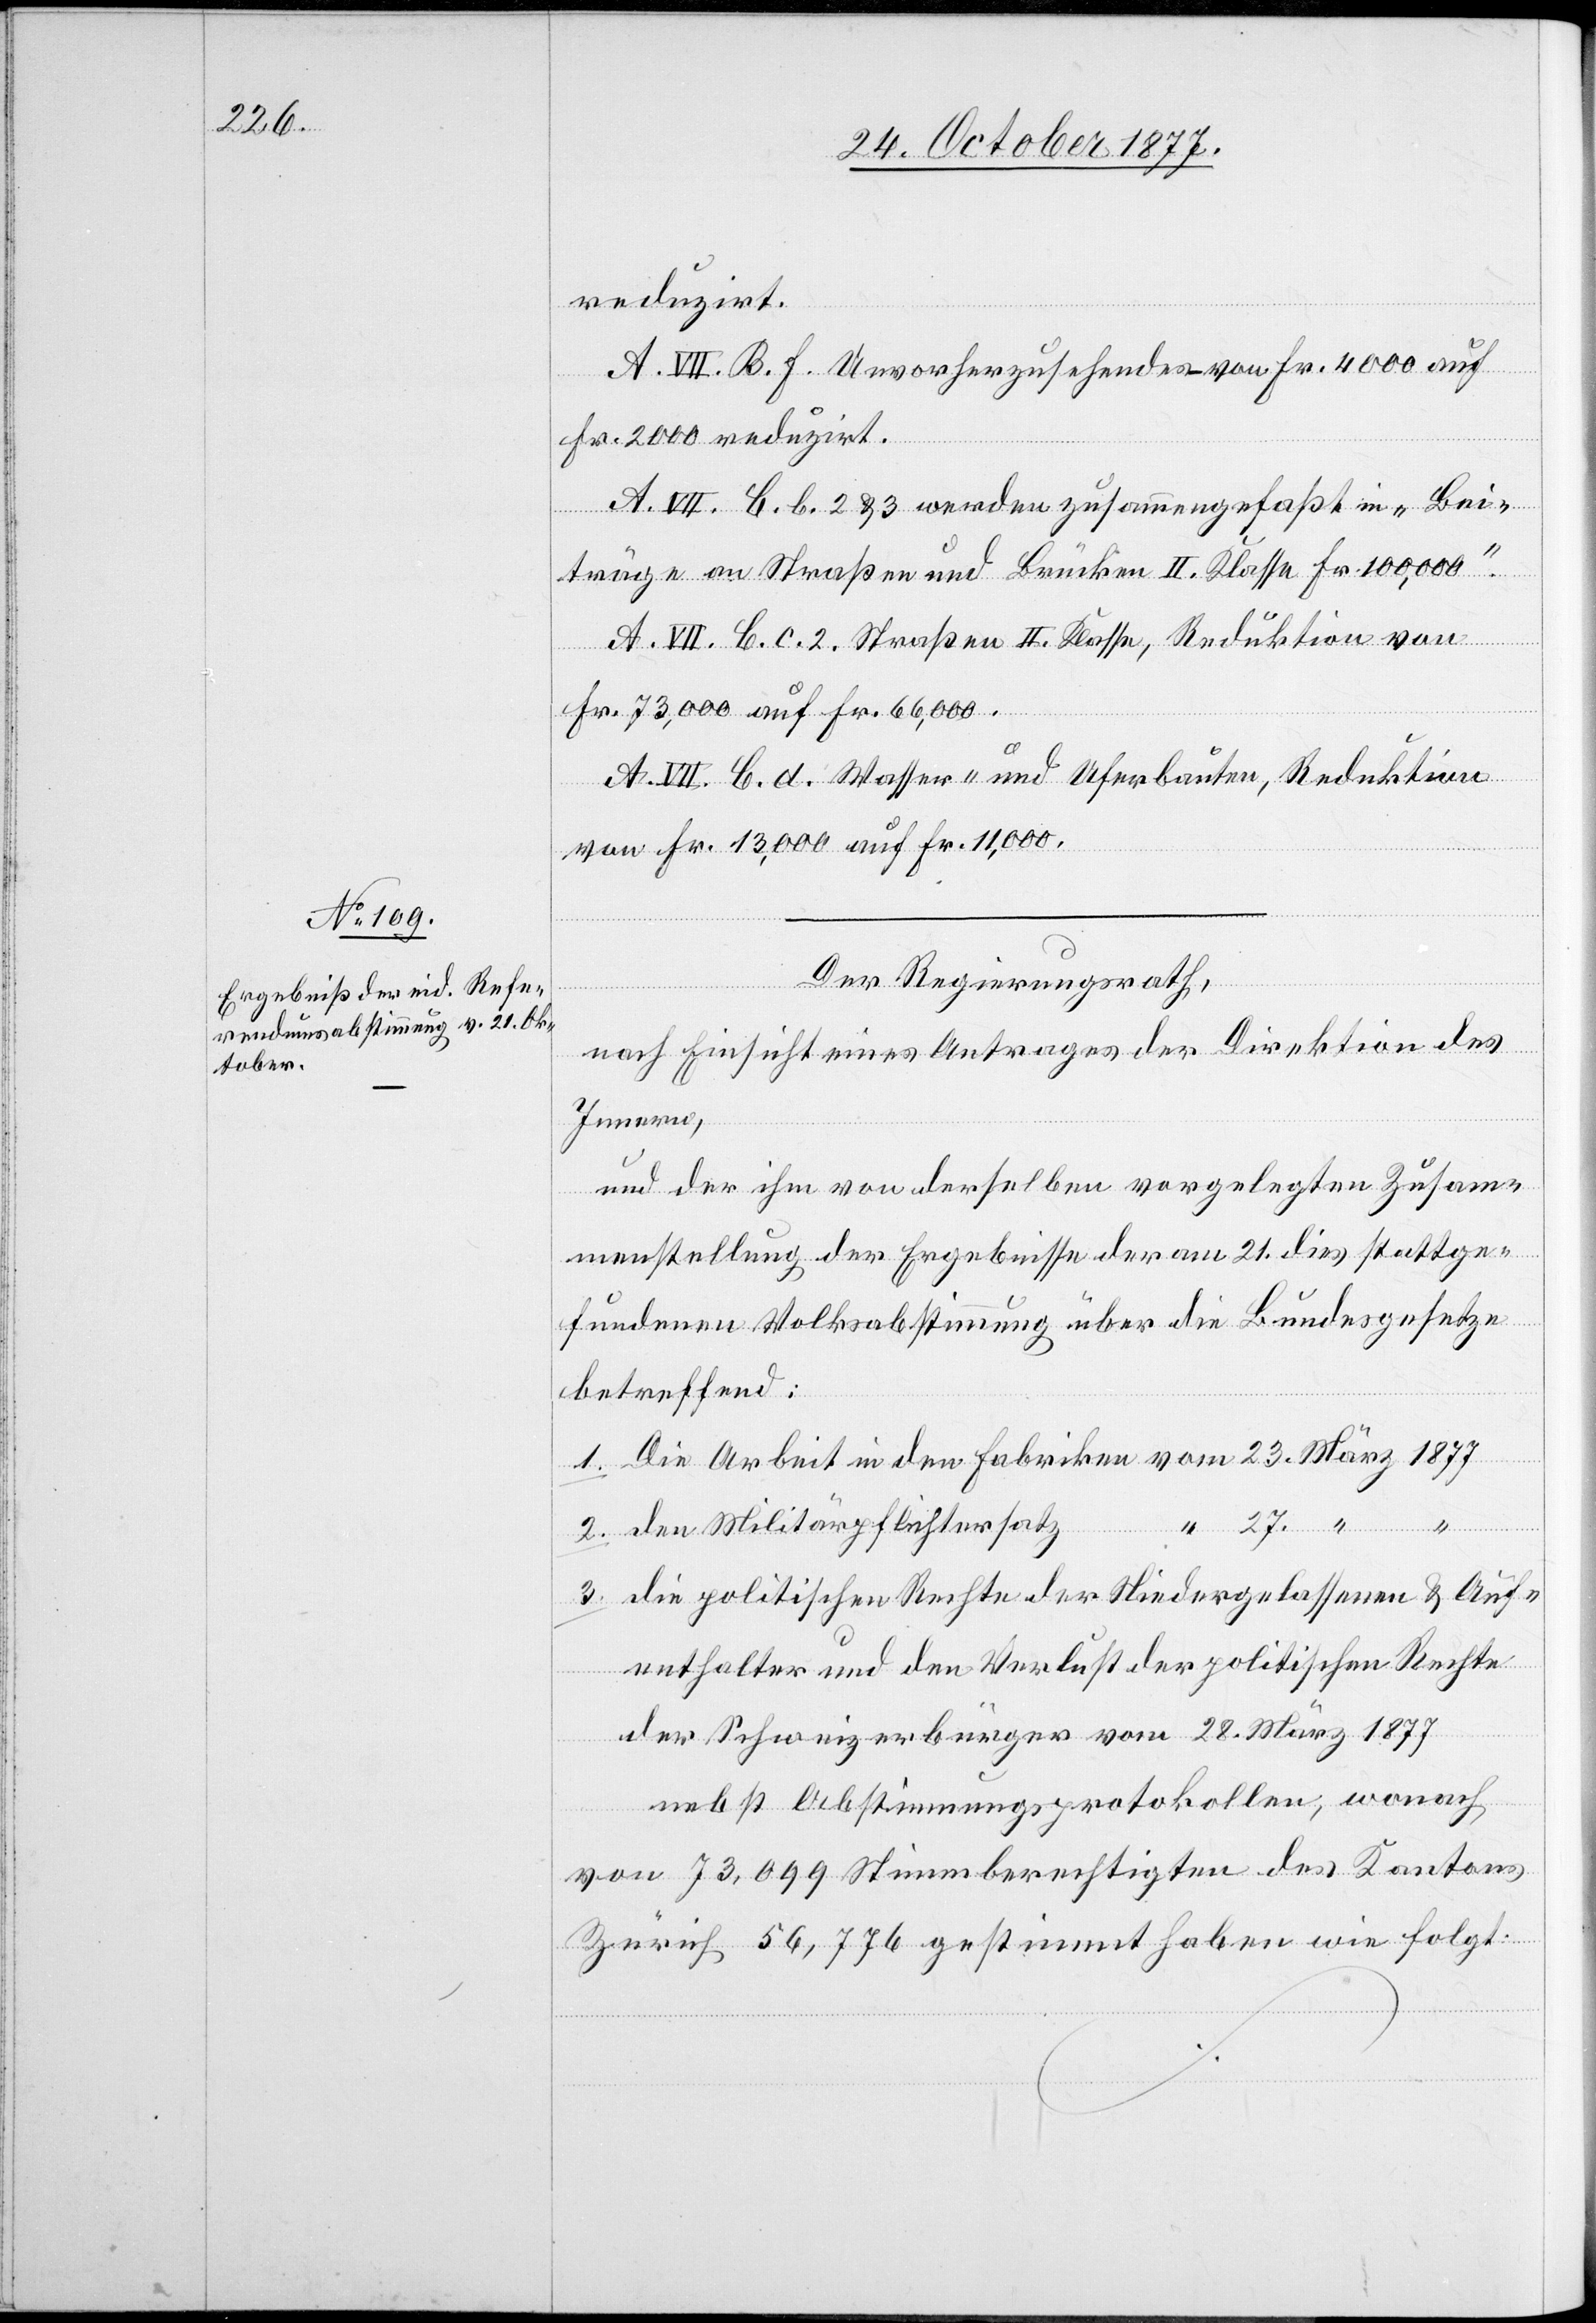
reduzirt.
A. VII. B. f. Unvorherzusehendes – von Fr. 4000 auf
Fr. 2000 reduzirt.
A. VII. C. b. 2 & 3 werden zusammengefaßt in „Bei¬
träge an Straßen und Brücken II. Klasse Fr. 100,000“.
A. VII. C. c. 2. Straßen II. Klasse, Reduktion von
Fr. 73,000 auf Fr. 66,000.
3.
A. VII. C. d. Wasser- und Uferbauten, Reduktion
von Fr. 13,000 auf Fr. 11,000.
Der Regierungsrath,
nach Einsicht eines Antrages der Direktion des
Innern,
und der ihm von derselben vorgelegten Zusam¬
menstellung der Ergebnisse der am 21. dies stattge¬
fundenen Volksabstimmung über die Bundesgesetze
“
betreffend:
Die Arbeit in den Fabriken vom 23. März 1877
den Militärpflichtersatz
die politischen Rechte der Niedergelassenen & Auf¬
enthalter und den Verlust der politischen Rechte
der Schweizerbürger vom 28. März 1877
nebst Abstimmungsprotokollen, wonach
von 73,099 Stimmberechtigten des Kantons
Zürich 56,776 gestimmt haben wie folgt: